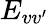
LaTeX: E_{vv^{\prime}}